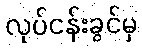
လုပ်ငန်းခွင်မှ